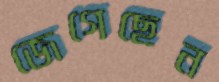
জেগেছেন